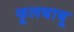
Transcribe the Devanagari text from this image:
फूलबाबू